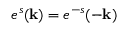
e ^ { s } ( { \bf k } ) = e ^ { - s } ( - { \bf k } )